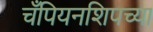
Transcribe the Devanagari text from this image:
चँपियनशिपच्या